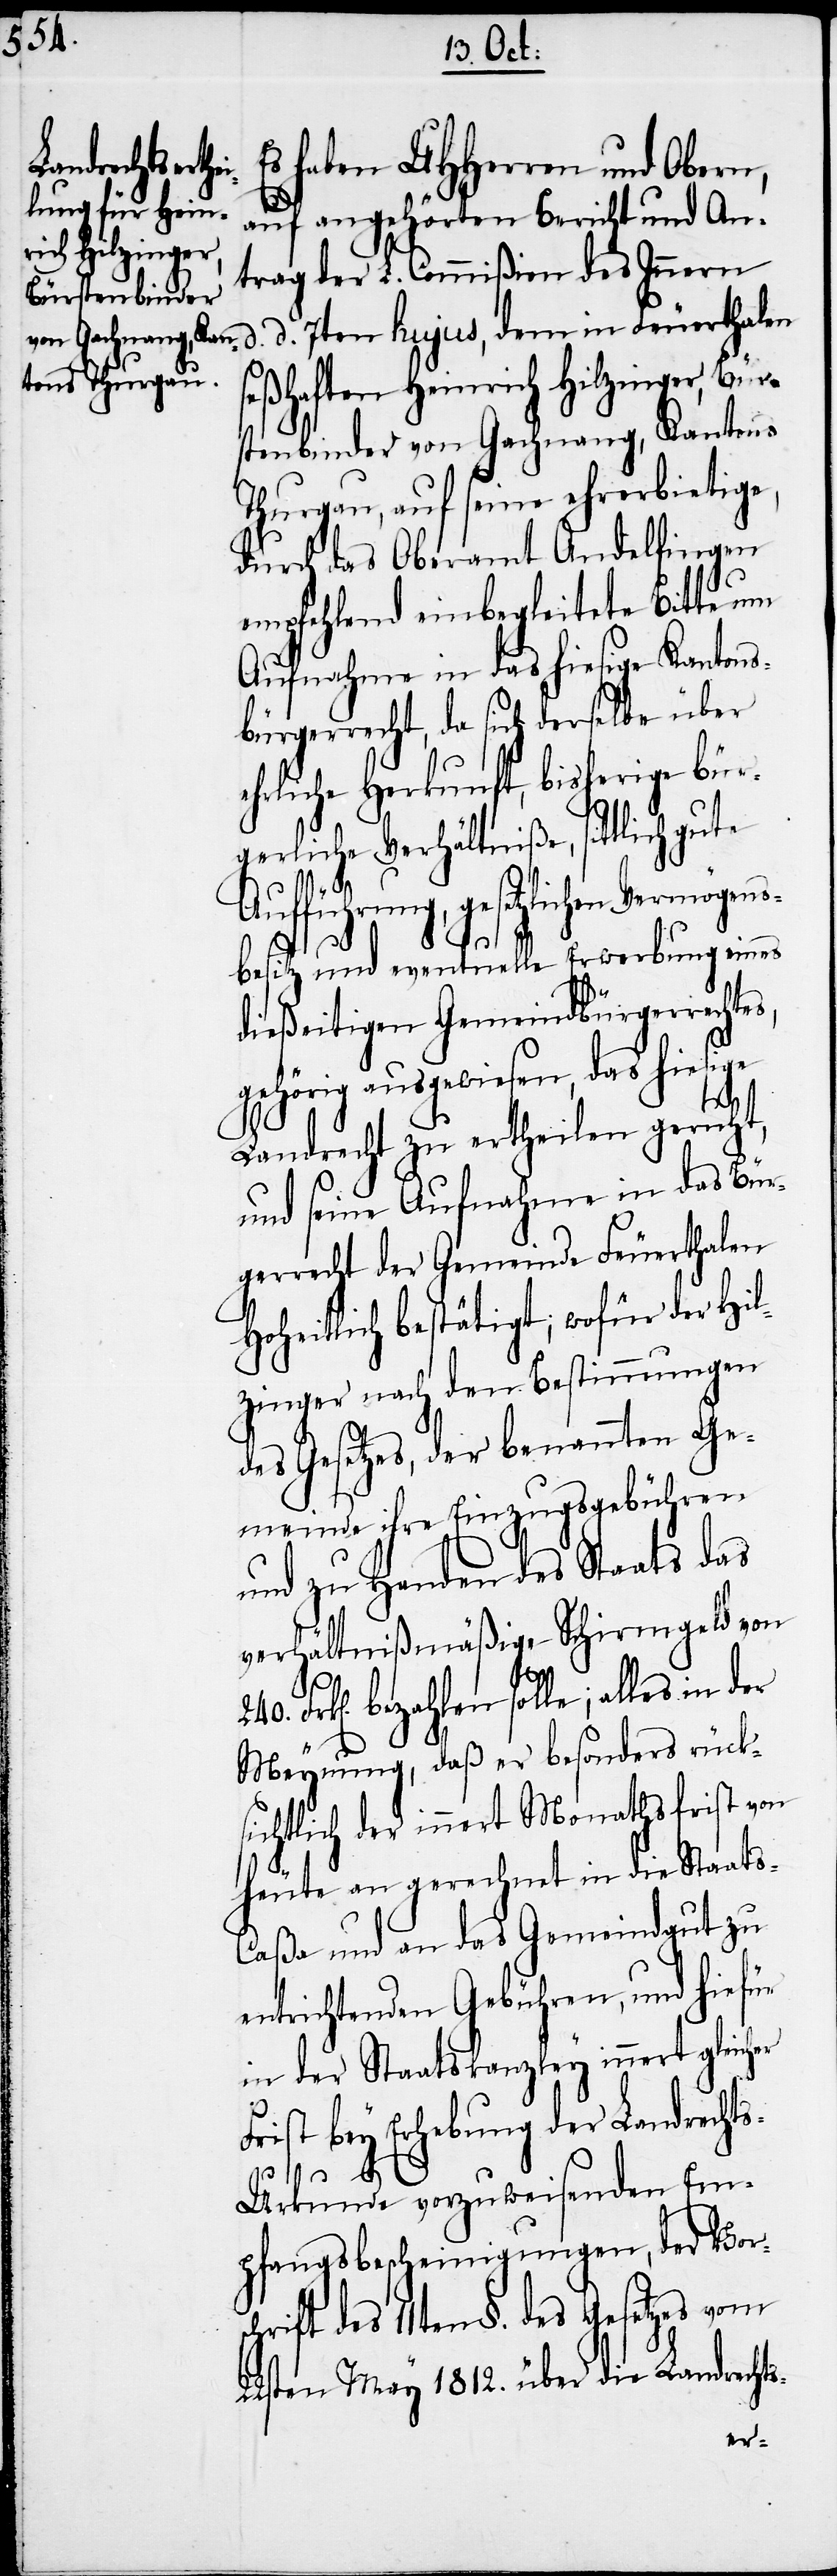
Es haben UHHerren und Obern,
auf angehörten Bericht und An¬
trag der L. Commißion des Innern
d. 7ten hujus, dem in Feuerthalen
seßhaften Heinrich Hilzinger, Bür¬
stenbinder von Gachnang, Kantons
Thurgau, auf seine ehrerbietige,
durch das Oberamt Andelfingen
empfehlend einbegleitete Bitte um
Aufnahme in das hiesige Kantons¬
bürgerrecht, da sich derselbe über
ehrliche Herkunft, bisherige bür¬
gerliche Verhältniße, sittlich gute
Aufführung, gesetzlichen Vermögens¬
besitz und eventuelle Erwerbung eines
dießeitigen Gemeindbürgerrechtes,
gehörig ausgewiesen, das hiesige
Landrecht zu ertheilen geruht,
und seine Aufnahme in das Bür¬
gerrecht der Gemeinde Feuerthalen
Hoheitlich bestätigt; wofür der Hil¬
zinger nach den Bestimmungen
des Gesetzes, der benannten Ge¬
meinde ihre Einzugsgebühren
und zu Handen des Staats das
verhältnißmäßige Schirmgeld von
Frk[en]. bezahlen solle; alles in der
Meynung, daß er besonders rück¬
sichtlich der innert Monathsfrist von
heute an gerechnet in die Staats-C¬
aßa und an das Gemeindgut zu
entrichtenden Gebühren, und hiefür
in der Staatskanzley innert gleicher
Frist bey Erhebung der Landrecht¬
s-Urkunde vorzuweisenden Em¬
pfangsbescheinigungen, der Vors¬
chrift des 11ten §. des Gesetzes vom
22sten May 1812. über die Landrechts-